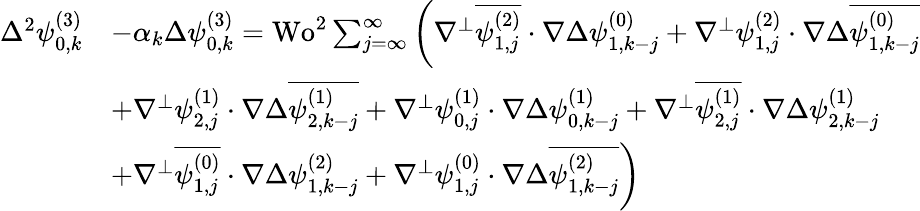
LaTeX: \begin{array}{rl}{\Delta^{2}\psi_{0,k}^{(3)}}&{-\alpha_{k}\Delta\psi_{0,k}^{(3)}=\textrm{Wo}^{2}\sum_{j=\infty}^{\infty}\bigg(\nabla^{\perp}\overline{{\psi_{1,j}^{(2)}}}\cdot\nabla\Delta\psi_{1,k-j}^{(0)}+\nabla^{\perp}\psi_{1,j}^{(2)}\cdot\nabla\Delta\overline{{\psi_{1,k-j}^{(0)}}}}\\ &{+\nabla^{\perp}\psi_{2,j}^{(1)}\cdot\nabla\Delta\overline{{\psi_{2,k-j}^{(1)}}}+\nabla^{\perp}\psi_{0,j}^{(1)}\cdot\nabla\Delta\psi_{0,k-j}^{(1)}+\nabla^{\perp}\overline{{\psi_{2,j}^{(1)}}}\cdot\nabla\Delta\psi_{2,k-j}^{(1)}}\\ &{+\nabla^{\perp}\overline{{\psi_{1,j}^{(0)}}}\cdot\nabla\Delta\psi_{1,k-j}^{(2)}+\nabla^{\perp}\psi_{1,j}^{(0)}\cdot\nabla\Delta\overline{{\psi_{1,k-j}^{(2)}}}\bigg)}\end{array}